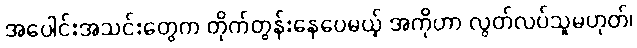
အပေါင်းအသင်းတွေက တိုက်တွန်းနေပေမယ့် အကိုဟာ လွတ်လပ်သူမဟုတ်၊